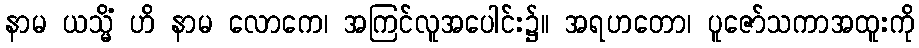
နာမ ယသ္မိံ ဟိ နာမ လောကေ၊ အကြင်လူအပေါင်း၌။ အရဟတော၊ ပူဇော်သကာအထူးကို